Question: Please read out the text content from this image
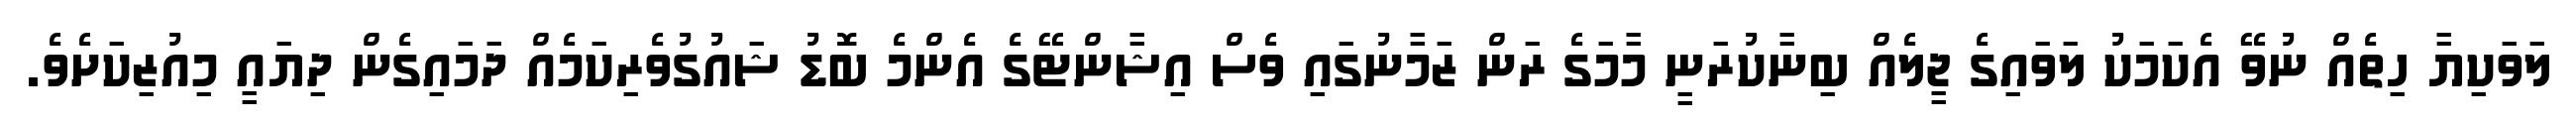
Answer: ލަވަކިޔާ ހިތެއް ނުވޭ އެކަމަކު ލަވައިގެ ޖީލެއް ބިނާކުރަނީ މާމަގެ ރަން ޒަމާނުގައި ވެސް އިޝާންޓޭގެ އެންމެ ބޮޑު ޝައުގުވެރިކަމެއް ދަމައިގެން ދިޔައީ މިއުޒިކަށެވެ.